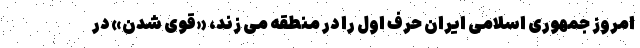
امروز جمهوری اسلامی ایران حرف اول را در منطقه می زند، «قوی شدن» در